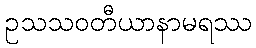
ဥသသဝတီယာနာမရဿ